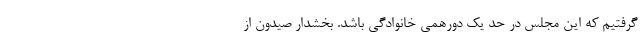
گرفتیم که این مجلس در حد یک دورهمی خانوادگی باشد. بخشدار صیدون از